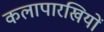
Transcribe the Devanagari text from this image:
कलापारखियों